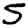
Digit: 5